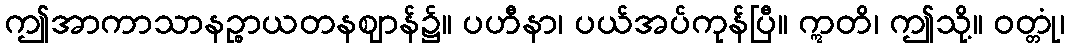
ဤအာကာသာနဉ္စာယတနဈာန်၌။ ပဟီနာ၊ ပယ်အပ်ကုန်ပြီ။ ဣတိ၊ ဤသို့။ ဝတ္တုံ၊